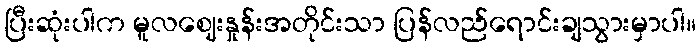
ပြီးဆုံးပါက မူလဈေးနှုန်းအတိုင်းသာ ပြန်လည်ရောင်းချသွားမှာပါ။